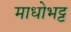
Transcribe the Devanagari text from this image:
माधोभट्ट